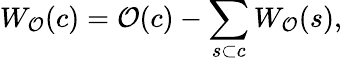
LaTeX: W_{\mathcal{O}}(c)=\mathcal{O}(c)-\sum_{s\subset c}W_{\mathcal{O}}(s),